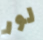
لور